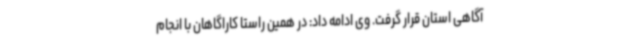
آگاهی استان قرار گرفت. وی ادامه داد: در همین راستا کاراگاهان با انجام